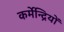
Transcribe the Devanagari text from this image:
कर्मेन्द्रियों